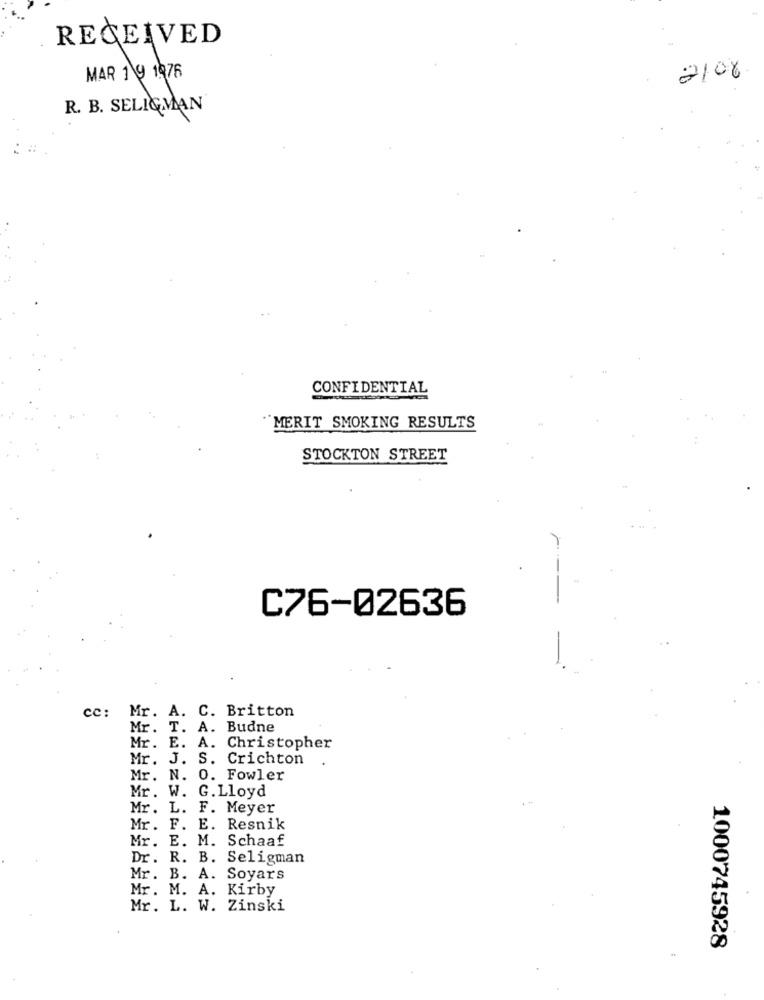
RECEIVED
MAR 1 9 1976
2106
R. B. SELIGMAN
CONFIDENTIAL
MERIT SMOKING RESULTS
STOCKTON STREET
C76-02636
cc: Mr. A. C. Britton
Mr. T. A. Budne
Mr. E. A. Christopher
Mr. J. S. Crichton
Mr. N.
0. Fowler
Mr. W.
G. Lloyd
Mr. L. F. Meyer
Mr. F. E. Resnik
Mr. E. M. Schaaf
Dr. R. B. Seligman
Mr. B. A. Soyars
Mr. M. A. Kirby
Mr. L. W. Zinski
1000745928